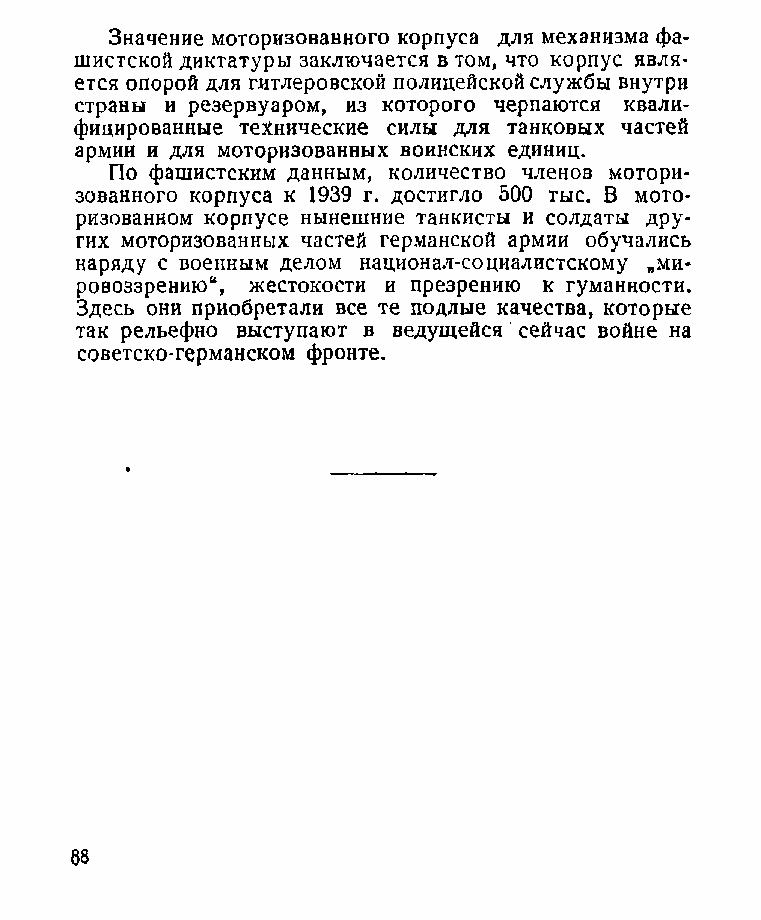
Значение моторизованного корпуса для механизма фа­
 шистской диктатуры заключается в том, что корпус явля­
 ется опорой для гитлеровской полицейской службы внутри
 страны и резервуаром, из которого черпаются квали­
 фицированные технические силы для танковых частей
 армии и для моторизованных воинских единиц.
 По фашистским данным, количество членов мотори­
 зованного корпуса к 1939 г. достигло 500 тыс. В мото­
 ризованном корпусе нынешние танкисты и солдаты дру­
 гих моторизованных частей германской армии обучались
 наряду с военным делом национал-социалистскому „ми­
 ровоззрению“, жестокости и презрению к гуманности.
 Здесь они приобретали все те подлые качества, которые
 так рельефно выступают в ведущейся сейчас войне на
 советско-германском фронте.
 88